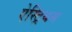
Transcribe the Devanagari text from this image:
ऐस्ट्रियम